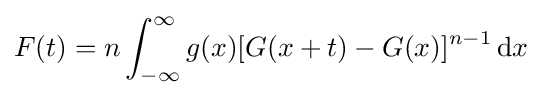
F(t)=n\int _{-\infty }^{\infty }g(x)[G(x+t)-G(x)]^{n-1}\,{\text{d}}x